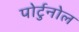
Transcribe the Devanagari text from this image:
पोर्टुनोल